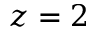
z = 2